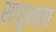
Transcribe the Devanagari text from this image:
साधुभाषा